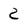
Character: 2